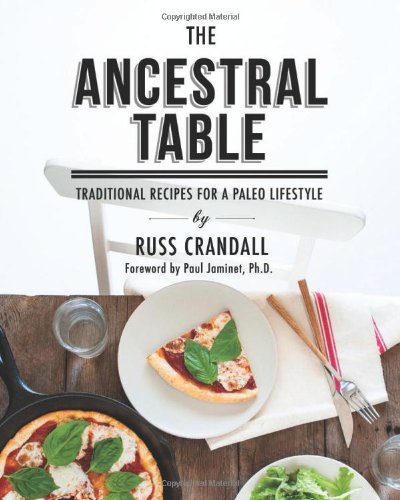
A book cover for The Ancestral Table: Traditional Recipes for a Paleo Lifestyle; Russ Crandall; Cookbooks, Food & Wine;